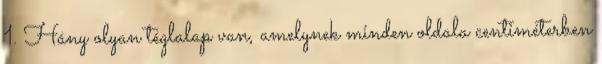
1. Hány olyan téglalap van, amelynek minden oldala centiméterben